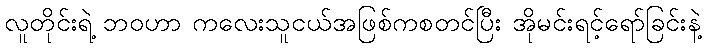
လူတိုင်းရဲ့ ဘဝဟာ ကလေးသူငယ်အဖြစ်ကစတင်ပြီး အိုမင်းရင့်ရော်ခြင်းနဲ့